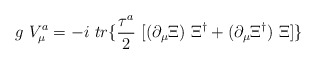
\begin{align*}g~V_\mu^a = -i~tr\{ \frac{\tau^a}{2} ~[(\partial_\mu \Xi)~\Xi^\dag + (\partial_\mu \Xi^\dag)~\Xi]\}\end{align*}